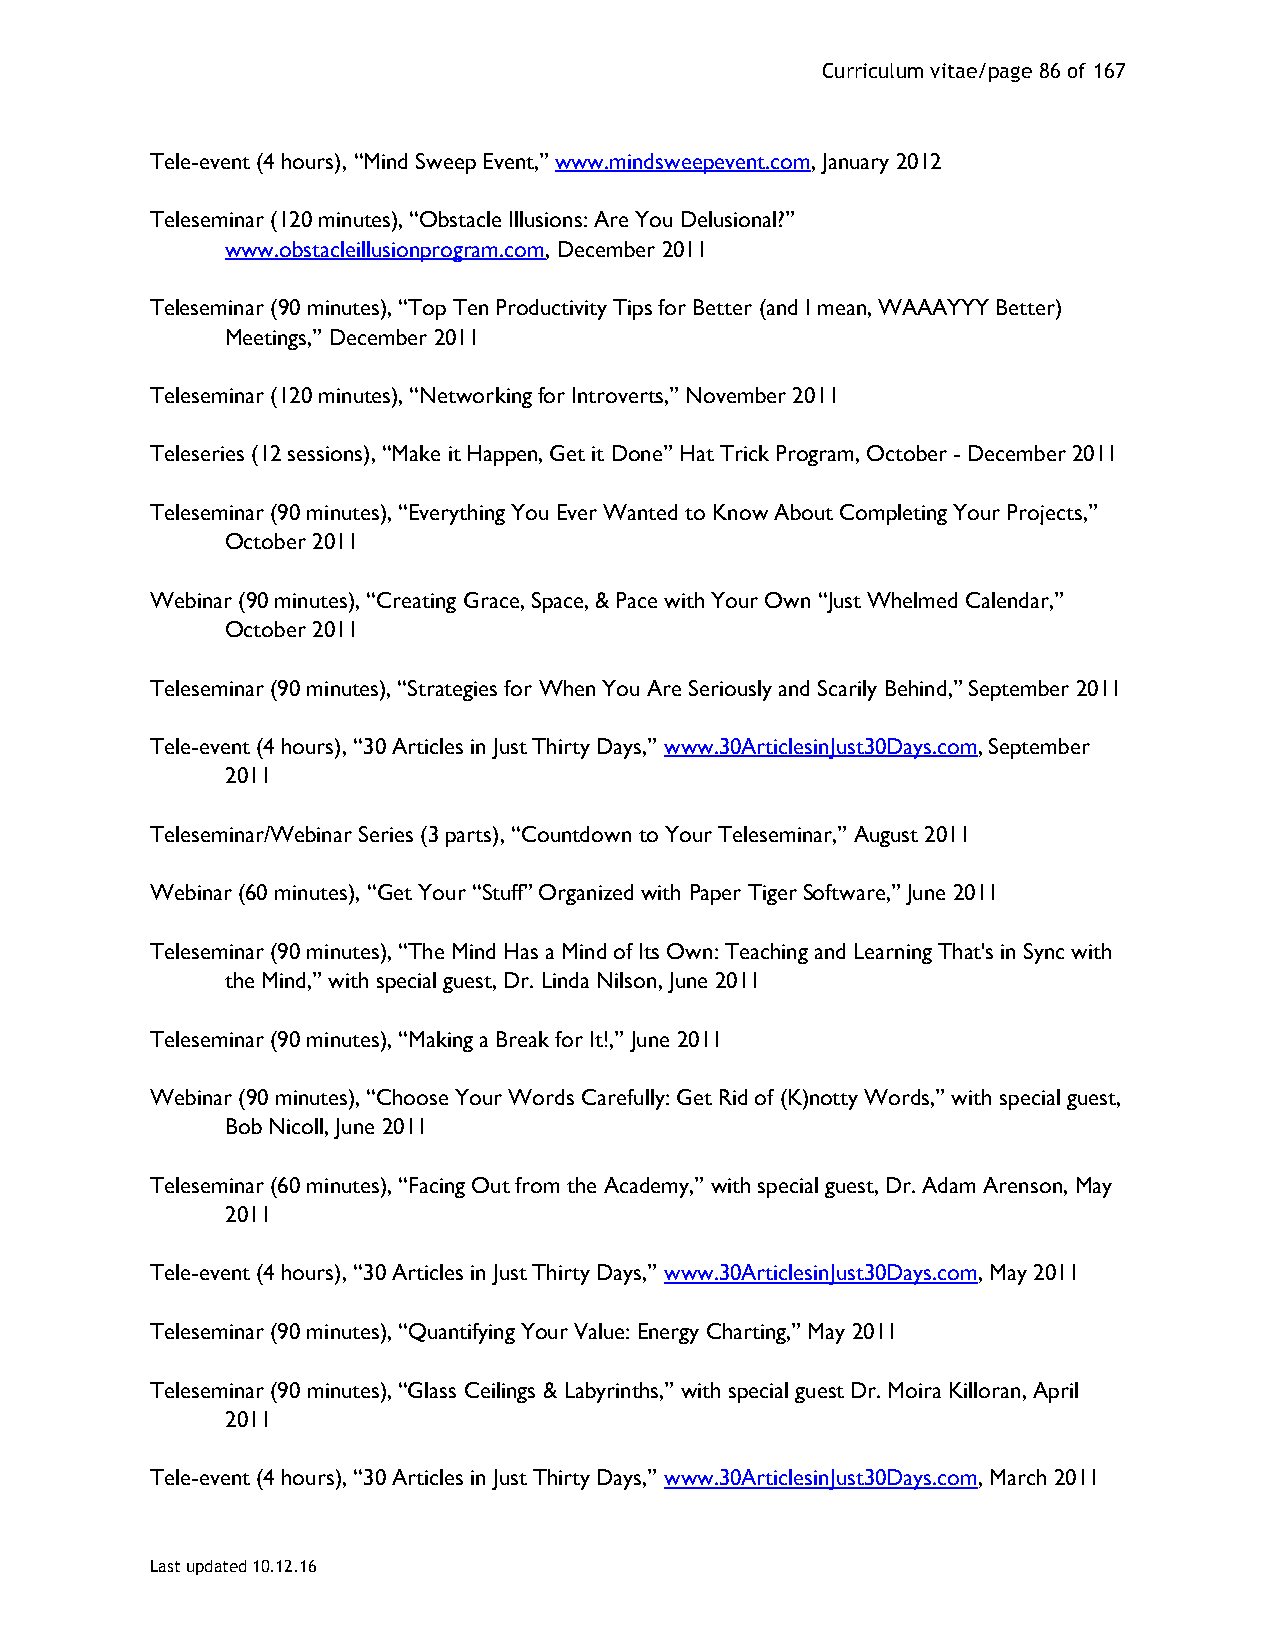
Curriculum vitae/page 86 of 167
 Tele-event (4 hours), “Mind Sweep Event,” www.mindsweepevent.com, January 2012
 Teleseminar (120 minutes), “Obstacle Illusions: Are You Delusional?”
 www.obstacleillusionprogram.com, December 2011
 Teleseminar (90 minutes), “Top Ten Productivity Tips for Better (and I mean, WAAAYYY Better)
 Meetings,” December 2011
 Teleseminar (120 minutes), “Networking for Introverts,” November 2011
 Teleseries (12 sessions), “Make it Happen, Get it Done” Hat Trick Program, October - December 2011
 Teleseminar (90 minutes), “Everything You Ever Wanted to Know About Completing Your Projects,”
 October 2011
 Webinar (90 minutes), “Creating Grace, Space, & Pace with Your Own “Just Whelmed Calendar,”
 October 2011
 Teleseminar (90 minutes), “Strategies for When You Are Seriously and Scarily Behind,” September 2011
 Tele-event (4 hours), “30 Articles in Just Thirty Days,” www.30ArticlesinJust30Days.com, September
 2011
 Teleseminar/Webinar Series (3 parts), “Countdown to Your Teleseminar,” August 2011
 Webinar (60 minutes), “Get Your “Stuff” Organized with Paper Tiger Software,” June 2011
 Teleseminar (90 minutes), “The Mind Has a Mind of Its Own: Teaching and Learning That's in Sync with
 the Mind,” with special guest, Dr. Linda Nilson, June 2011
 Teleseminar (90 minutes), “Making a Break for It!,” June 2011
 Webinar (90 minutes), “Choose Your Words Carefully: Get Rid of (K)notty Words,” with special guest,
 Bob Nicoll, June 2011
 Teleseminar (60 minutes), “Facing Out from the Academy,” with special guest, Dr. Adam Arenson, May
 2011
 Tele-event (4 hours), “30 Articles in Just Thirty Days,” www.30ArticlesinJust30Days.com, May 2011
 Teleseminar (90 minutes), “Quantifying Your Value: Energy Charting,” May 2011
 Teleseminar (90 minutes), “Glass Ceilings & Labyrinths,” with special guest Dr. Moira Killoran, April
 2011
 Tele-event (4 hours), “30 Articles in Just Thirty Days,” www.30ArticlesinJust30Days.com, March 2011
 Last updated 10.12.16